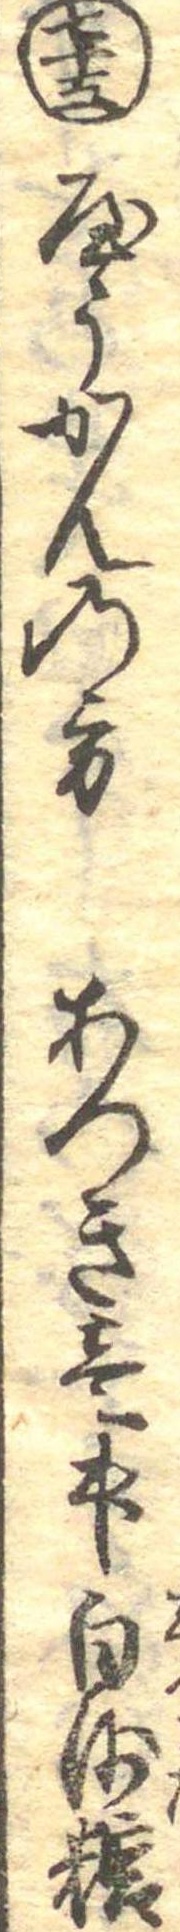
七十五やうかんの方あつき壱升白沙糖